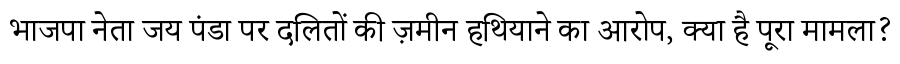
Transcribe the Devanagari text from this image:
भाजपा नेता जय पंडा पर दलितों की ज़मीन हथियाने का आरोप, क्या है पूरा मामला?